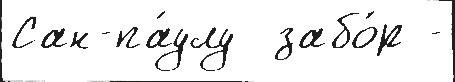
Сан-па́улу  забо́р -